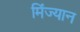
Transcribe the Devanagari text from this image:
मिंज्यान